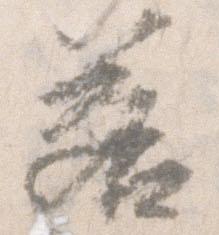
若